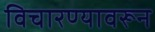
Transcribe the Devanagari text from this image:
विचारण्यावरून